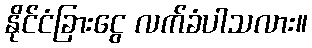
နိုင်ငံခြားငွေ လက်ခံပါသလား။